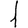
Digit: 1